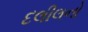
દલીલનો